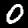
Label: 0